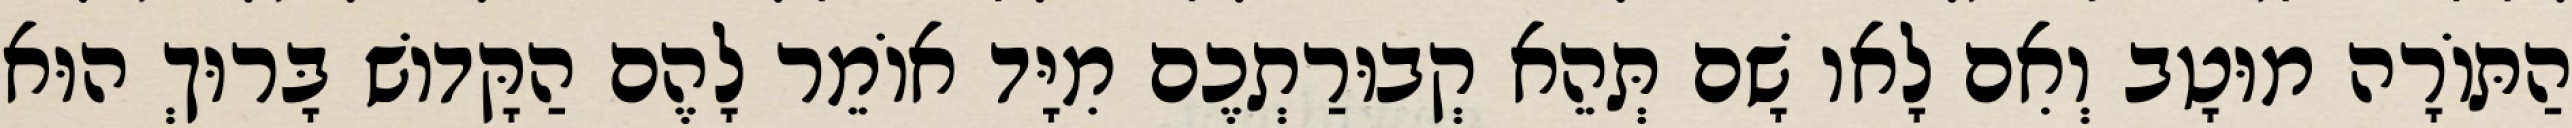
הַתּוֹרָה מוּטָב וְאִם לָאו שָׁם תְּהֵא קְבוּרַתְכֶם מִיָּד אוֹמֵר לָהֶם הַקָּדוֹשׁ בָּרוּךְ הוּא